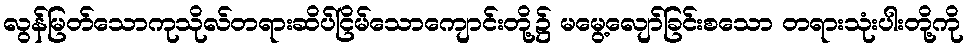
လွန်မြတ်သောကုသိုလ်တရားဆိပ်ငြိမ်သောကျောင်းတို့၌ မမွေ့လျော်ခြင်းစသော တရားသုံးပါးတို့ကို